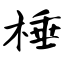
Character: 棰